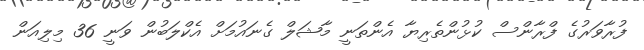
ފުރާވަރުގެ ފްރާންސް ކުޅުންތެރިޔާ އެންތަނީ މާޝަލް ގެނައުމަށް އެކްލަބުން ވަނީ 36 މިލިއަން